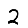
Digit: 2